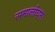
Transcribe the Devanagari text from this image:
समालोचनः